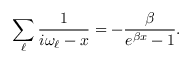
\sum _ { \ell } \frac { 1 } { i \omega _ { \ell } - x } = - \frac { \beta } { e ^ { \beta x } - 1 } .